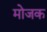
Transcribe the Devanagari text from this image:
मोजक